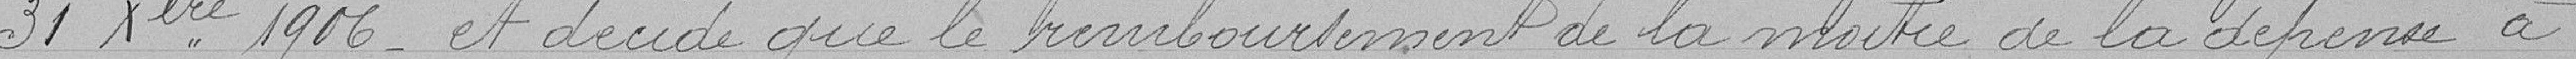
31 décembre 1906  et décide que le remboursement de la moitié de la dépense a